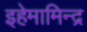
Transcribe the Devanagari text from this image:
इहेमामिन्द्र